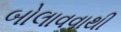
બોલાવવાથી